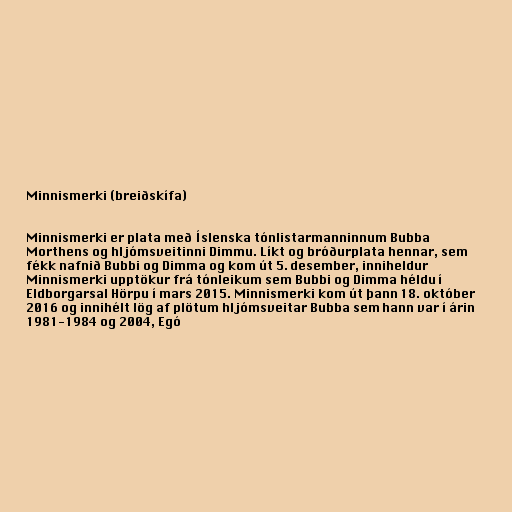
Minnismerki (breiðskífa)

Minnismerki er plata með Íslenska tónlistarmanninnum Bubba
Morthens og hljómsveitinni Dimmu. Líkt og bróðurplata hennar, sem
fékk nafnið Bubbi og Dimma og kom út 5. desember, inniheldur
Minnismerki upptökur frá tónleikum sem Bubbi og Dimma héldu í
Eldborgarsal Hörpu í mars 2015. Minnismerki kom út þann 18. október
2016 og innihélt lög af plötum hljómsveitar Bubba sem hann var í árin
1981-1984 og 2004, Egó